Civil Veterinary Department Bengal reports 1923-33 - 1923-1933
Year: 1923
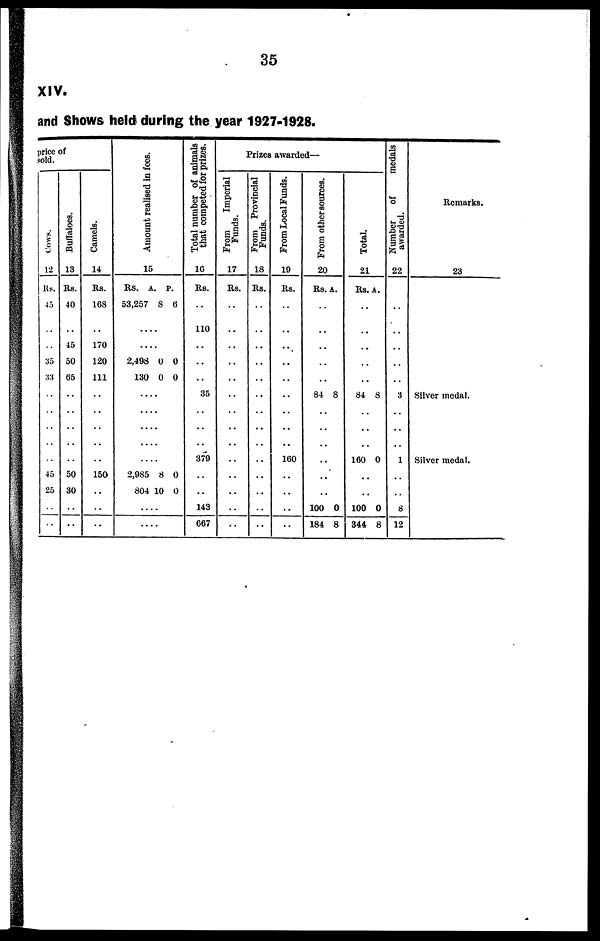
35
XIV.
and Shows held during the year 1927-1928.
price of
sold.
Cows.
12
Rs.
45
..
..
35
33
..
..
..
..
..
45
25
..
..
Buffaloes.
13
Rs.
40
45
50
05
..
..
..
..
..
50
30
..
..
Camels.
14
Rs.
168
170
120
111
..
..
..
..
..
150
..
..
..
Amount realised in fees.
15
RS. A. P.
53,257 8 6
....
....
2,498 0 0
130 0 0
....
....
....
....
....
2,985 8 0
804 10 0
....
....
Total number of animals
that competed for prizes.
10
Rs.
..
110
..
..
..
35
..
..
..
379
..
..
143
667
Prizes awarded—
From
Imperial
Funds.
17
Rs.
..
..
..
..
..
..
..
..
..
..
..
..
..
..
From Provincial
Funds.
18
Rs.
..
..
..
..
..
..
..
..
..
..
..
..
..
..
From Local Funds.
19
Rs.
..
..
..
..
..
..
..
..
..
160
..
..
..
..
From other sources.
20
Rs.A.
..
..
..
..
..
84 8
..
..
..
..
..
..
100 0
184 8
Total.
21
Rs.A.
..
..
..
..
..
84 8
..
..
..
160 0
..
..
100 0
344 8
Number
of
medals
awarded.
22
..
..
..
..
..
..
..
..
..
1
..
..
8
12
Remarks.
23
Silver medal.
Silver medal.